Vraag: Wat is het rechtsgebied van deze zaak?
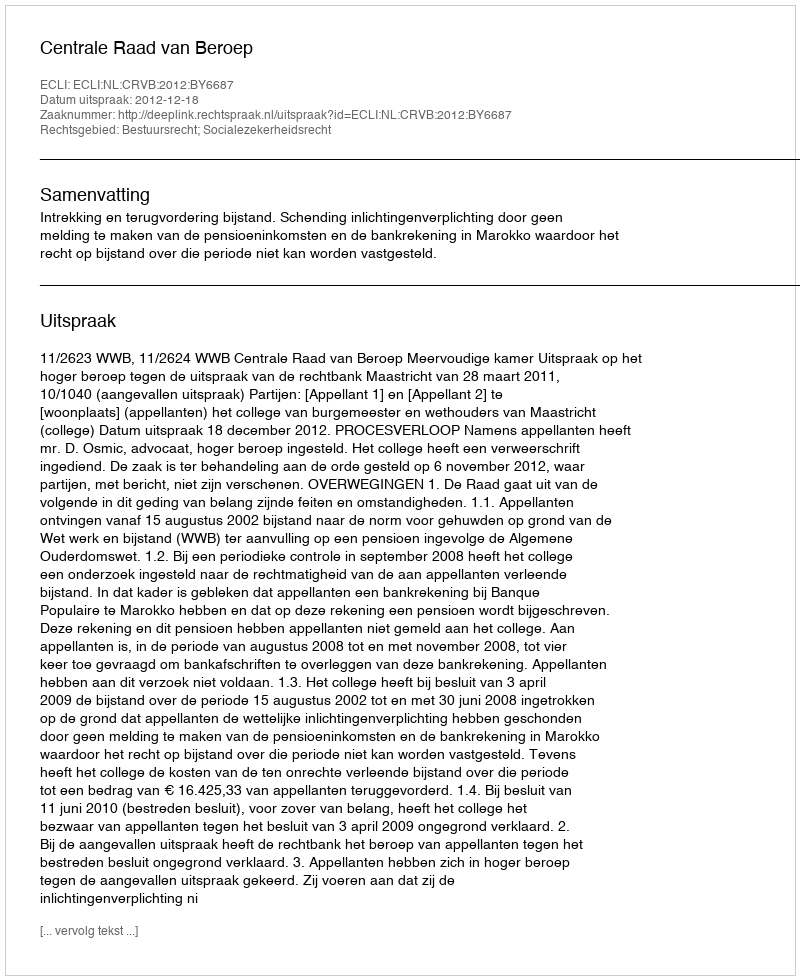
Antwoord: Bestuursrecht; Socialezekerheidsrecht